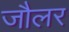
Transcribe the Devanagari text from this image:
जौलर